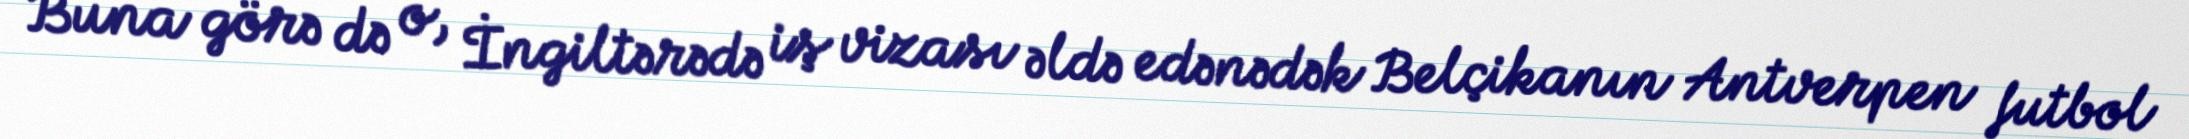
Buna görə də o, İngiltərədə iş vizası əldə edənədək Belçikanın Antverpen futbol